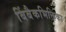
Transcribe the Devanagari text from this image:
बिंबैकभिक्तिका